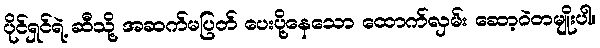
ပိုင်ရှင်ရဲ့ ဆီသို့ အဆက်မပြတ် ပေးပို့နေသော ထောက်လှမ်း ဆော့ဝဲတမျိုးပါ။